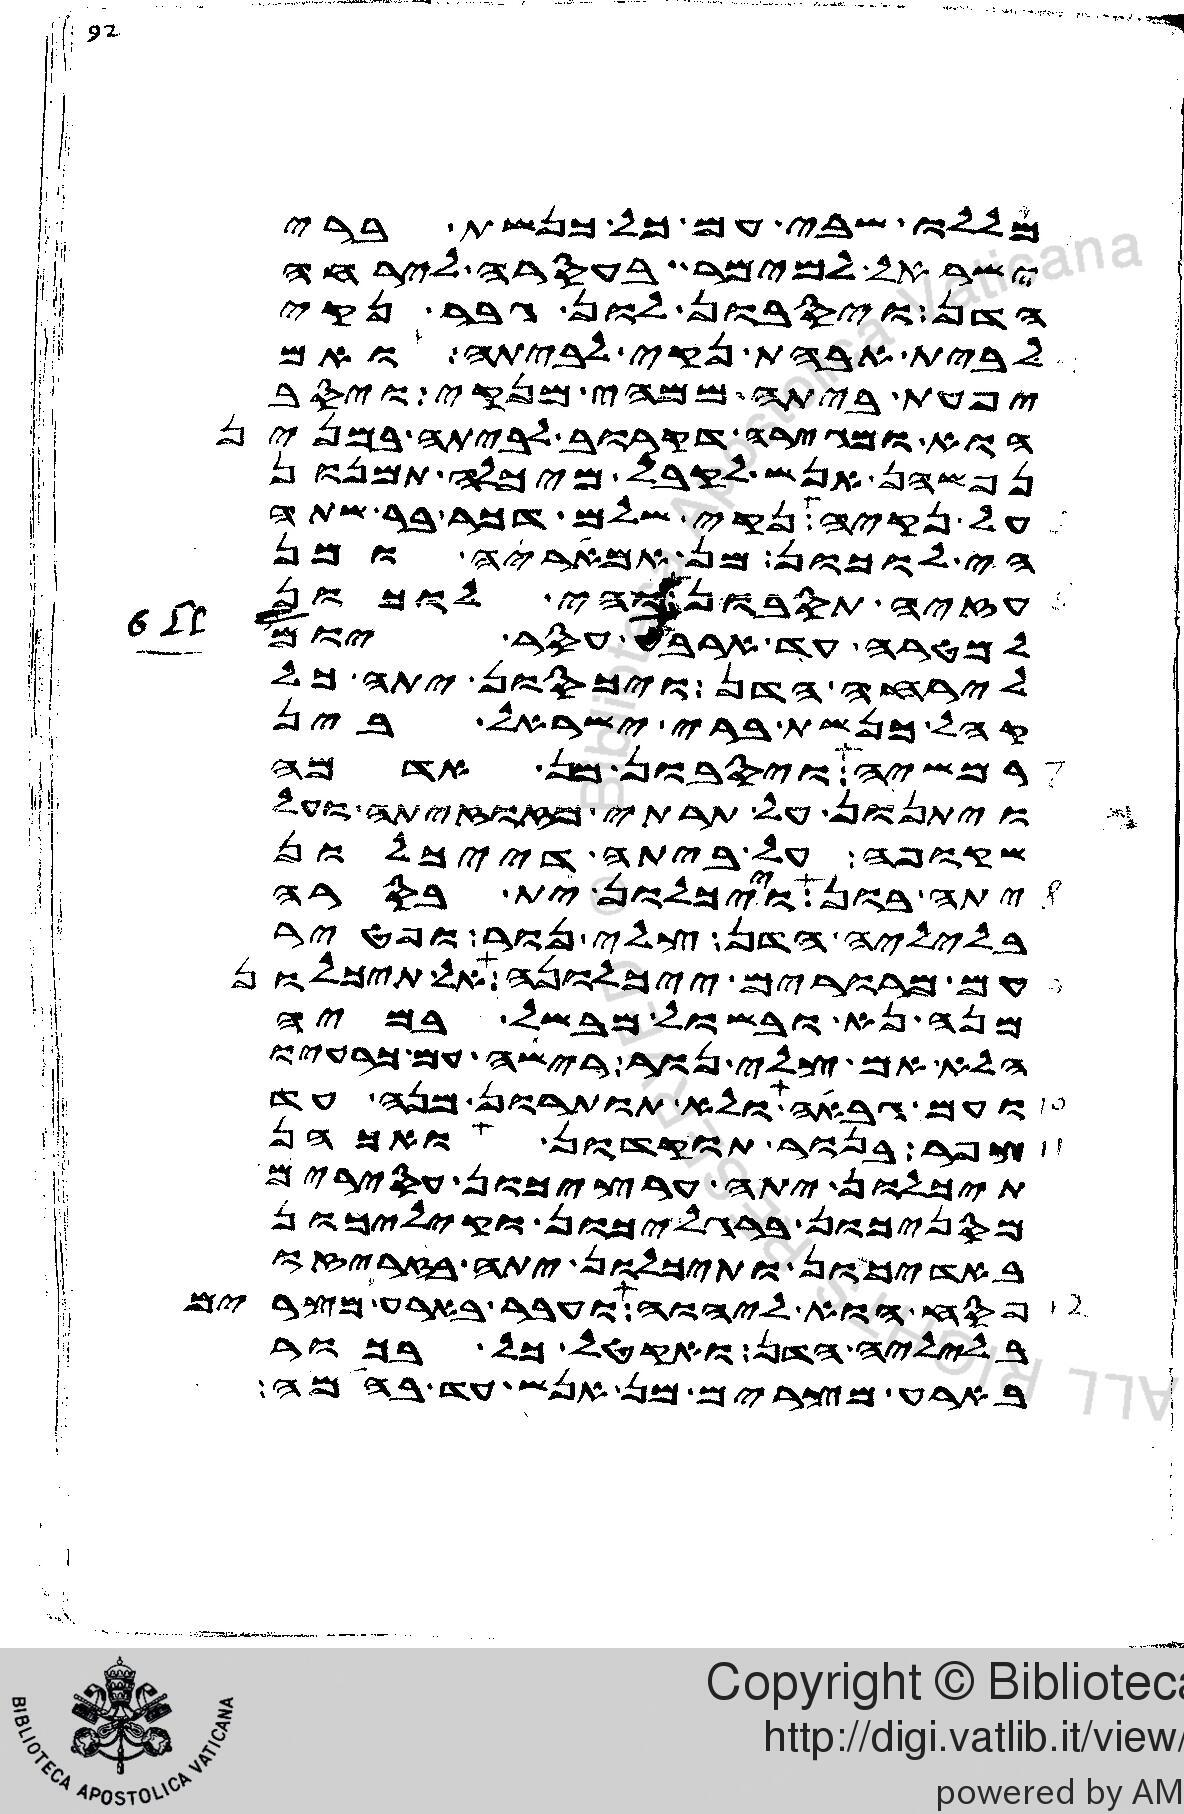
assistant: מללו שבי עם כל כנשת ברי
ישראל למימר בעסרה לירחה
הדן ויסבון לון גבר נקי
לבית אבהת נקי לביתה ואם
יפעת ביתה ממהי מנקי ויסב
הוא ומגירה דקרוב לביתה במנין
נפשהן אנש לקבל מיכלה תמנון
על נקיה נקי שלם דכר בר שתה
הי לוכון מן אמאריה ומן
עזיה תסבון והי לוכון
למטרה עד ארבע עסר יום
לירחה הדן ויכסון יתה כל
קהל כנשת ברי ישראל בין
רמשיה ויסבון מן אדמה
ויתנון על תרתי מזזוזיתה ועל
שקופה על ביתה דייכלון
יתה בון וייכלון ית בסרה
בליליה הדן צלי נור ופטיר
עם מרורים ייכלונה אל תיכלון
מנה נא ובשול מבשל במיה
הלא אם צלי נור רישה עם כרעיו
ועם גבאה ולא תותרון מנה עד
צפר בנור תוקדון ואכהן
תיכלונ יתה ערציכון עסירים
מסניכון ברגליכון וקיליכון
באדיכון ותיכלון יתה בזריזה
פסח הוא ליהוה ועבר בארע מצרים
בליליה הדן ואקטל כל בכור
בארע מצרים מן אנש עד בהמה